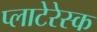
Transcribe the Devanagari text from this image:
प्लाटेरेस्क